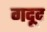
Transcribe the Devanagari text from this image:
गदूद